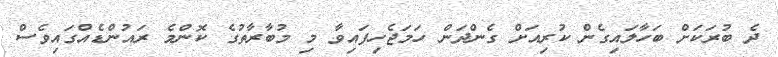
ދެ ބުރަކަށް ބަހާލައިގެން ކުރިއަށް ގެންދަން ހަމަޖެހިފައިވާ މި މުބާރާތުގެ ކޮންމެ ރައުންޑެއްގައިވެސް